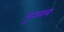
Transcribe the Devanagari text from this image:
पुआव